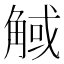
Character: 𧣼